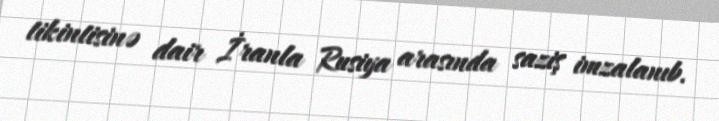
tikintisinə dair İranla Rusiya arasında saziş imzalanıb.